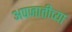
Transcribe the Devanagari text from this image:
अपजातीच्या